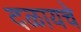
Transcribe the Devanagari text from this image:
दळायचे